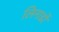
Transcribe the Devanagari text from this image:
लिनार्डो